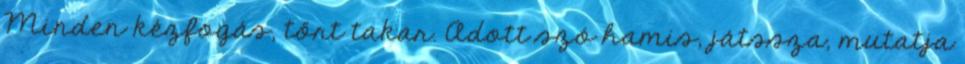
Minden kézfogás, tőrt takar. Adott szó hamis, játssza, mutatja